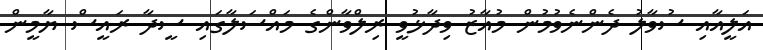
އަލީއާއި ސުވާލު ދެންނެވުމުން މުއާޒު ވިދާޅުވީ ރިލްވާންގެ މައްސަލާގައި ސީދާ ރައީސް ޔާމީން